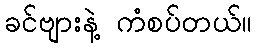
ခင်ဗျားနဲ့ ကံစပ်တယ်။